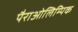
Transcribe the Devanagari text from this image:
पैराओलिम्पिक